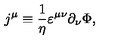
j ^ { \mu } \equiv { \frac { 1 } { \eta } } \varepsilon ^ { \mu \nu } \partial _ { \nu } \Phi ,